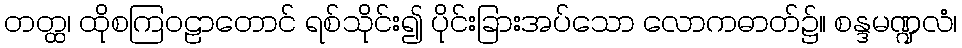
တတ္ထ၊ ထိုစကြဝဠာတောင် ရစ်သိုင်း၍ ပိုင်းခြားအပ်သော လောကဓာတ်၌။ စန္ဒမဏ္ဍလံ၊